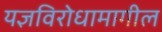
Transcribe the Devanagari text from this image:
यज्ञविरोधामागील